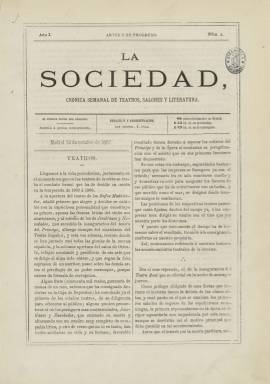
Título: La Sociedad (Madrid. 1867)
Colección: Cultura
Ámbito geográfico: Madrid
Lugar de publicación: Madrid
Fechas: 12/10/1867-04/04/1868

Con el subtítulo “crónica semanal de teatros, salones y literatura”, es una publicación que saldrá cada sábado durante la temporada teatral 1867-1868. Su colección está formada por 26 entregas de ocho páginas cada una, compuestas a dos columnas, y estampadas en la Imprenta de El Norte, a cargo de C. Moro, desde el 12 de octubre de 1867 al 4 de abril de 1868. Aparece indicado como su editor responsable quien más adelante será cronista de Soria, Antonio Pérez Rioja (-1902), que será probablemente también su director y redactor, acompañándole en esta tarea un entonces joven Juan José Jiménez Delgado (1844-1889). También se indica que su secretario de redacción es Lionel Deville. Y en el espacio de cortesía superior de la cabecera aparece indicado el lema “artes y su progreso”.

Se trata de una publicación casi exclusivamente dedicada al mundo teatral, en un momento en el que en Madrid ya sido inaugurada la temporada en el Teatro del Príncipe, dedicado a la escena clásica española, y la del Teatro Real, dedicado a la ópera, los Bufos Madrileños abren también su coso, y se produce asimismo la inauguración “oficial” del Salón de Oriente

Además de tener una sección bajo el epígrafe Teatros, que a veces se divide en Teatros de Madrid y Teatros de París (con alguna crónica firmada por Deville), tendrá otra bajo el título de Salones. Otras secciones de la publicación serán Biografías, que empieza con la del escritor y dramaturgo Eusebio Blasco (1844-1903) y ofrecerá también la del compositor Emilio Arrieta (1821-1894), firmada esta por Julio Nombela, entre otras; Boletín bibliográfico, Noticias generales, Variedades y Revista de modas; publicando también alguna Revista de Madrid y necrologías. También inserta alguna composición poética, como la firmada por Jiménez Delgado, y la última plana la suelen ocupar anuncios comerciales.

Además de las crónicas y revistas de los estrenos teatrales, ofrece información sobre la actividad artística de actores o actrices, programación teatral, algún artículo sobre el teatro francés y breves sobre la vida social –de ahí, probablemente, el título de la publicación– de miembros de la alta sociedad madrileña, tanto en lo que se refiere a la actividad en sus salones privados, como a sus enlaces matrimoniales.